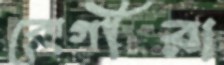
রোগীরা